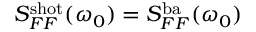
S _ { F F } ^ { \mathrm { s h o t } } ( \omega _ { 0 } ) = S _ { F F } ^ { \mathrm { b a } } ( \omega _ { 0 } )